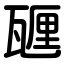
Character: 甅